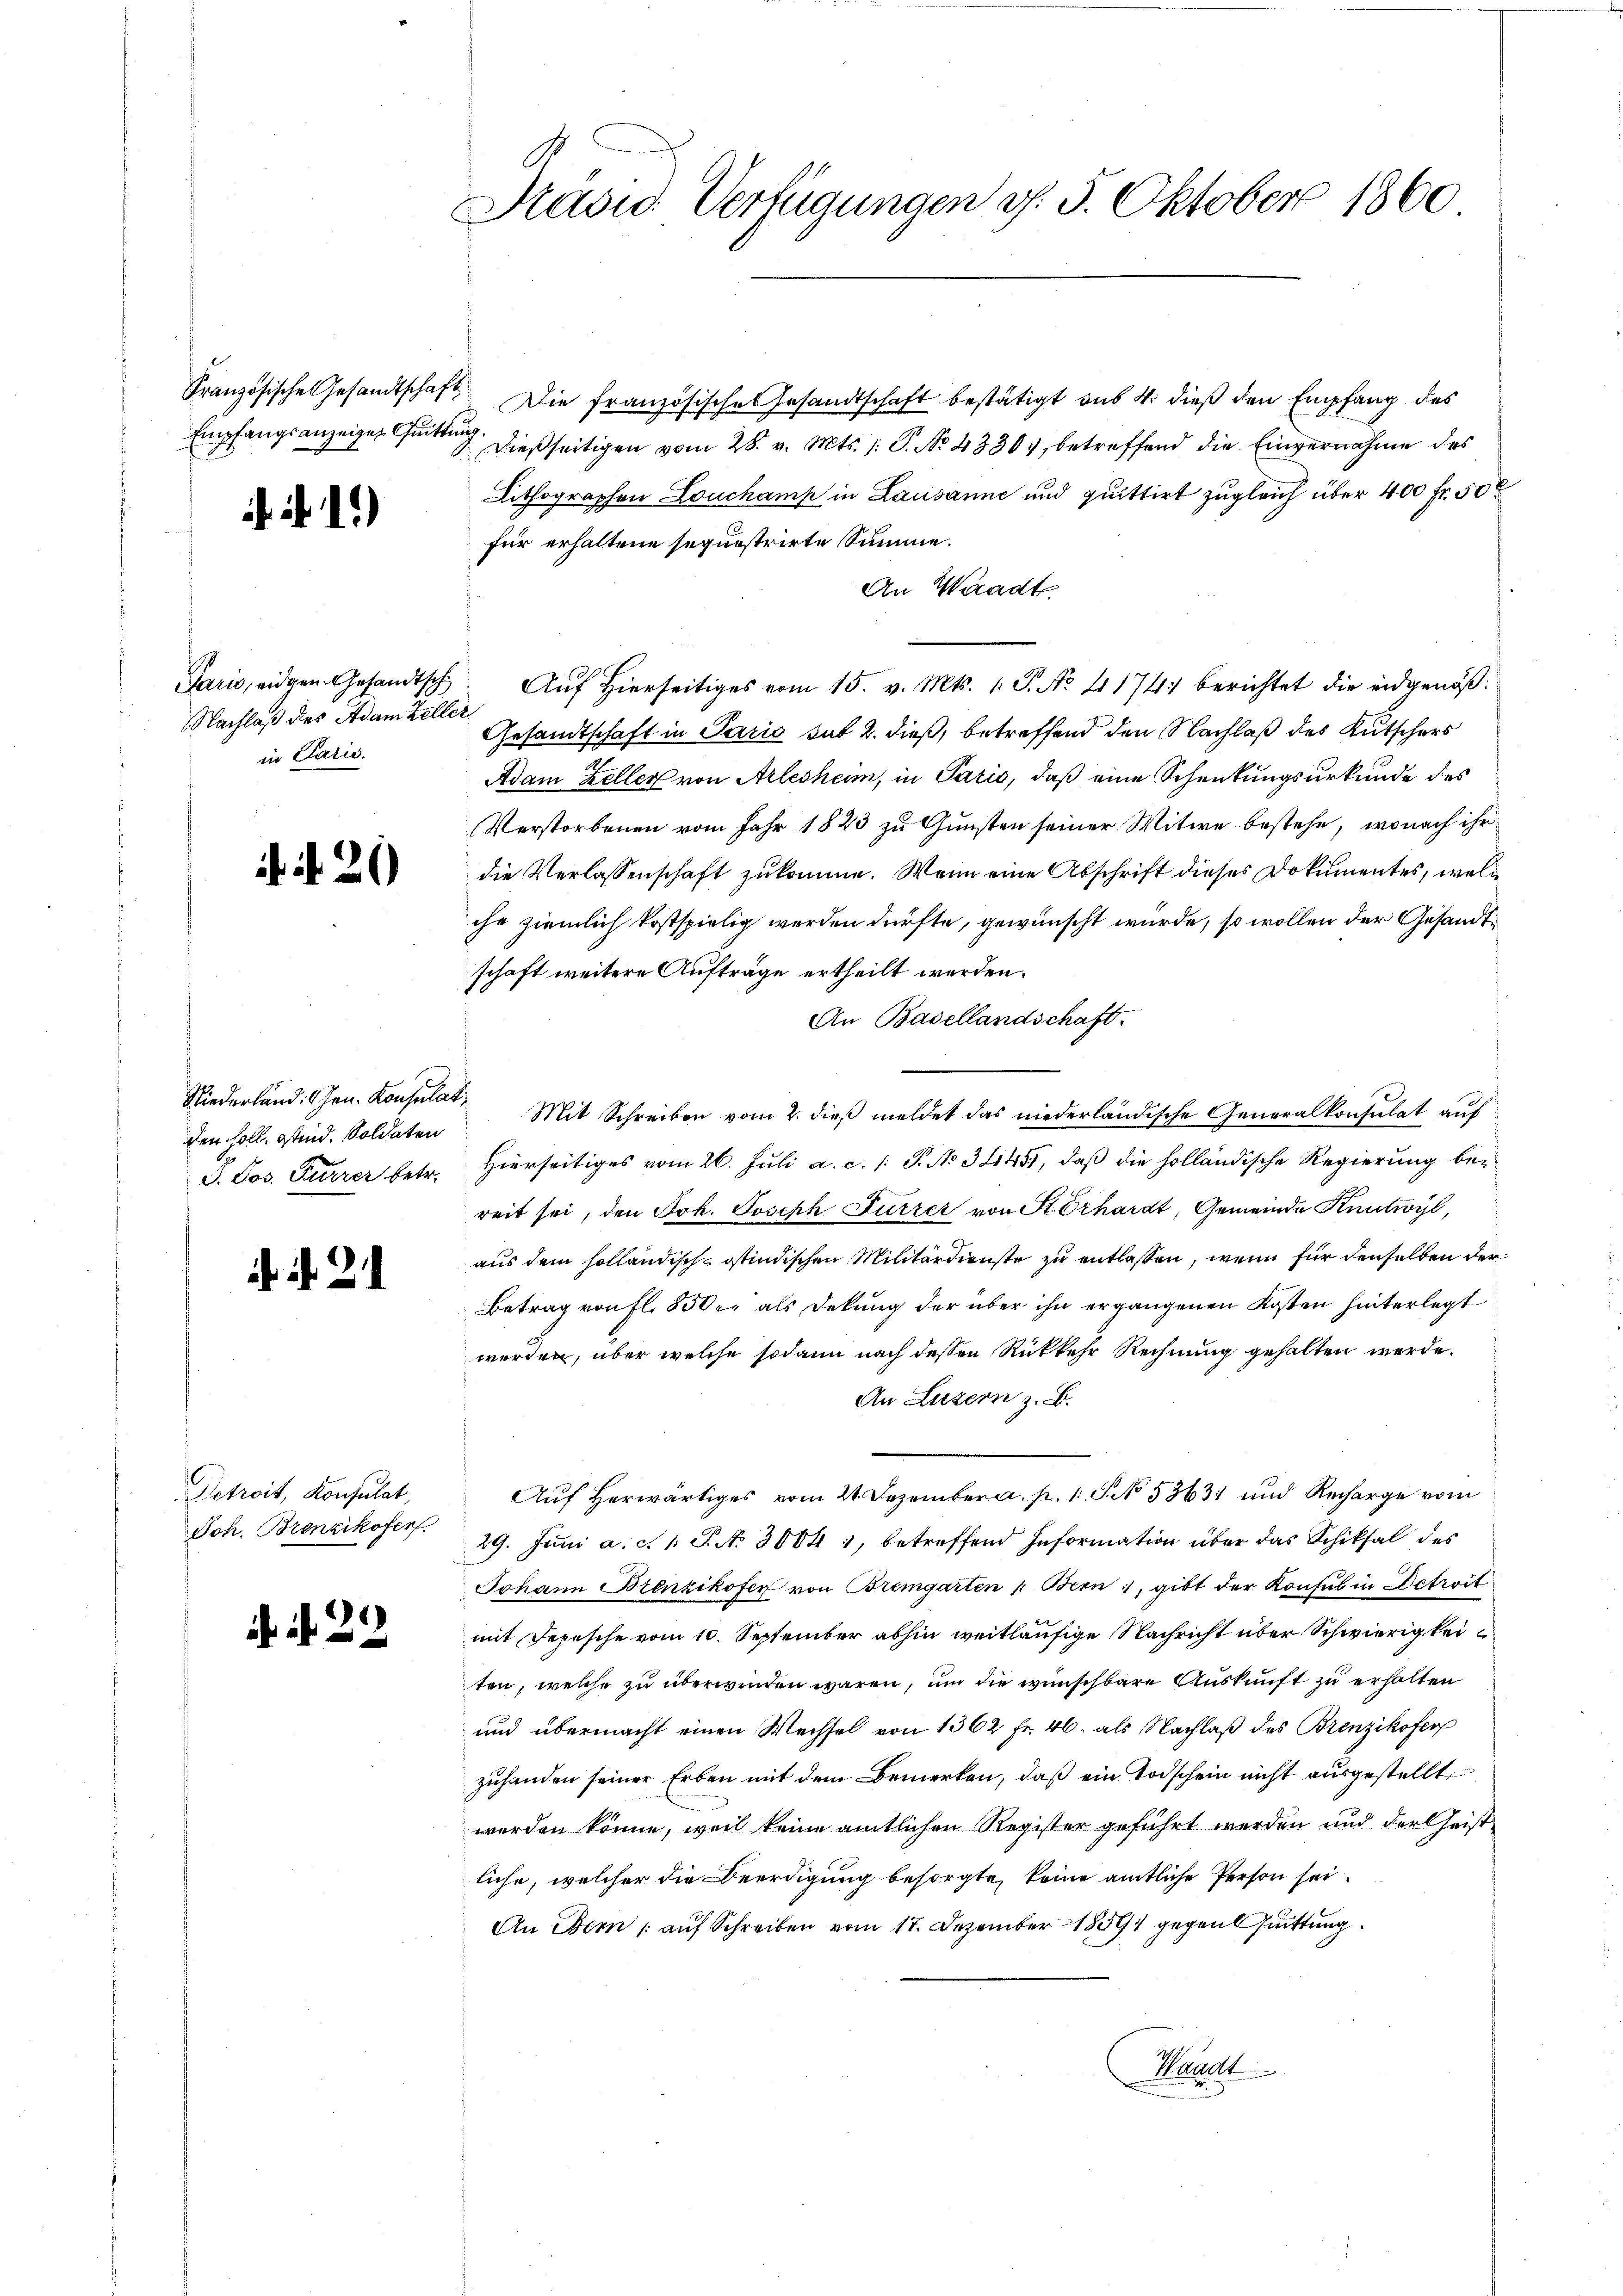
Empfangsanzeiger Quittung.

. d. 1.)

Paris, eidgen. Gesandtsch
Nachlaß des Adam Zeller
in Paris.

. . 26

den soll. Steid. Soldaten
J. Jos. Furrer betr.

ih d. 21

Detroit, Konsulat,
Joh. Brenzikofer

. N. 22

Stäsis. Verfügungen d. 5. Oktober 1860

Französische Gesandtschaft. Die französische Gesandtschaft bestätigt aus 4. dieß den Empfang des
1 dießseitigen vom 28. v. Mts. 1. P. No. 4330, betreffend die Einvernahme des
Lithographen Louchamp in Lausanne und quittirt zugleich über 400 fr. 50
für erhaltene sequestrirte Summe.
An Waadt
Auf Hierseitiges vom 15. v. Mts. 1. P. No. 41741 berichtet die eidgenöß¬
Gesandtschaft in Parić sat 2. dieß, betreffend den Nachlaß des Kutschers
Adam Keller von Arlesheim, in Paris, daß eine Schenkungsurkunde des
Verstorbenen vom Jahr 1823 zu Gunsten seiner Witwe bestehe, wonach ihr
die Verlassenschaft zukomme. Wenn eine Abschrift dieses Dokumentes, welc
che ziemlich kostspielig werden dürfte, gewünscht würde, so wollen der Gesandtschaft weitere Aufträge ertheilt werden.
An Basellandschaft.
Niederland: hrn. Konsulat Mit Schreiben vom 2. dieβ meldet das niederländische Generalkonsulat auf
Hierseitiges vom 26. Juli a. c. /: P. No 34457, daß die holländische Regierung bereit sei, den Joh. Joseph Furrer von St. Erhardt, Gemeinde Knutwyl,
aus dem solländisch-östindischen Militärdienste zu entlassen, wenn für denselben der
Betrag von fl. 850 als Dekung der über ihn ergangenen Kosten hinterlegt
werden, über welche sodann nach dessen Rükkehr Rechnung gehalten werde.
An Luzern z. B.
Auf herwärtiges vom 21. Dezember a. p. 1 S. No. 53631 und Recharge vom
29. Juni a. c. 1: P. N. 30041, betreffend Information über das Schiksal des
Johann Brenzikofer von Bremgarten " Bern, gibt der Konsul in Detroit
mit Depesche vom 10. September abhin weitläufige Nachricht über Schwierigkeiten, welche zu überwinden wären, um die wünschbare Auskunft zu erhalten
und übermacht einen Wechsel von 1362 fr. 46. als Nachlaß des Brenzikofer
zuhanden seiner Erben mit dem Bemerken, daß ein Todschein nicht ausgestellt
werden könne, weil keine amtlichen Register geführt werden und der heist
liche, welcher die Beerdigung besorgte, keine amtliche Person sei¬
An Bern (auf Schreiben vom 17. Dezember 1891 gegent suittung
Waadt